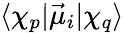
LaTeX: \langle\chi_{p}|\vec{\mu}_{i}|\chi_{q}\rangle